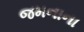
જમનાના